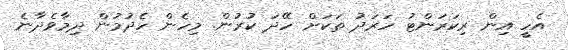
އެހީ އިން ރިކަރަންޓު ހަރަދު ތަކަށް ހޭދަ ކުރުން. މިހެން ހެދުމުން ދިމާވެދާނެ